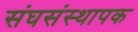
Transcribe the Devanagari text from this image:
संघसंस्थापक